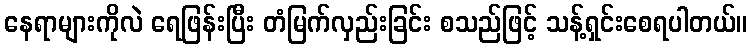
နေရာများကိုလဲ ရေဖြန်းပြီး တံမြက်လှည်းခြင်း စသည်ဖြင့် သန့်ရှင်းစေရပါတယ်။